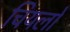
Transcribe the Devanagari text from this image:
चियलो